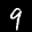
Label: 9